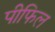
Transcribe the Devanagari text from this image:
पीफिल